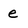
Character: e